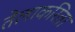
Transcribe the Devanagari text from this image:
तेलाकरिता